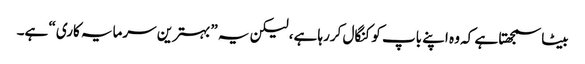
بیٹا سمجھتا ہے کہ وہ اپنے باپ کو کنگال کررہا ہے، لیکن یہ ”بہترین سرمایہ کاری“ ہے۔